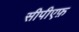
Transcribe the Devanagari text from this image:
सीपीएफ़